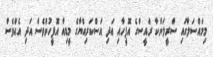
މިމައްސަލާގައި ސްރީލަންކާ ރައީސްގެ އޮފީހާއި އަދި އަސްކަރިއްޔާގެ މީޑިއާ އޮފީހުންވެސް އަދި އެއްވެސް